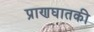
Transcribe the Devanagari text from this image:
प्राणघातकी